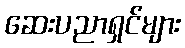
ဆေးပညာရှင်များ